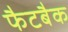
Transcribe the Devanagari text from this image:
फैटबैक